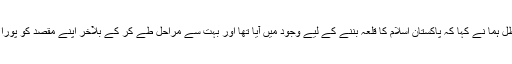
محترمہ ظل ہما نے کہا کہ پاکستان اسلام کا قلعہ بننے کے لیے وجود میں آیا تھا اور بہت سے مراحل طے کر کے بلآخر اپنے مقصد کو پورا کرے گا۔